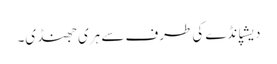
دیشپانڈے کی طرف سے ہری جھنڈی۔